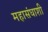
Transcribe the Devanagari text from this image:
महासंघाशी